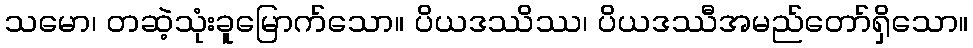
သမော၊ တဆဲ့သုံးခူမြောက်သော။ ပိယဒဿိဿ၊ ပိယဒဿီအမည်တော်ရှိသော။